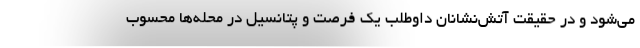
می‌شود و در حقیقت آتش‌نشانان داوطلب یک فرصت و پتانسیل در محله‌ها محسوب